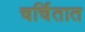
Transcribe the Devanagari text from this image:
चर्चितात